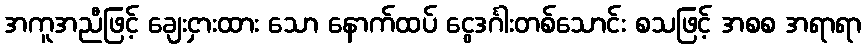
အကူအညီဖြင့် ချေးငှားထား သော နောက်ထပ် ငွေဒင်္ဂါးတစ်သောင်း စသဖြင့် အစစ အရာရာ